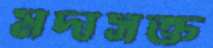
মদাসক্ত